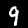
Label: 9